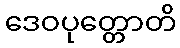
ဒေဝပုတ္တောတိ